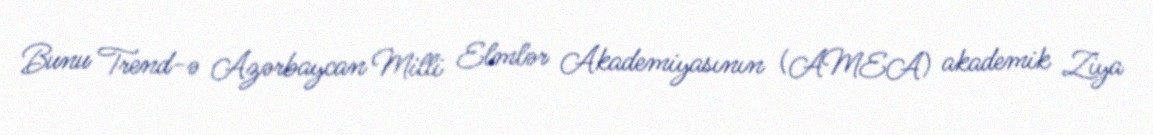
Bunu Trend-ə Azərbaycan Milli Elmlər Akademiyasının (AMEA) akademik Ziya